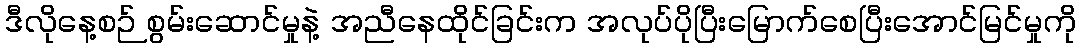
ဒီလိုနေ့စဉ် စွမ်းဆောင်မှုနဲ့ အညီနေထိုင်ခြင်းက အလုပ်ပိုပြီးမြောက်စေပြီးအောင်မြင်မှုကို